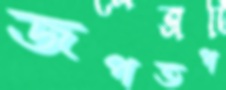
জপতপ